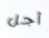
أجل